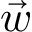
\vec { w }